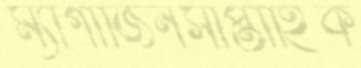
ম্যাগাজিনসাপ্তাহিক